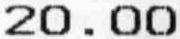
20.00